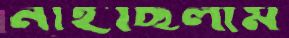
নাইছিলাম